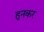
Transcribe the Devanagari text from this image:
हुनकर